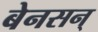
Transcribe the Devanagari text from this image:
बेनसन्